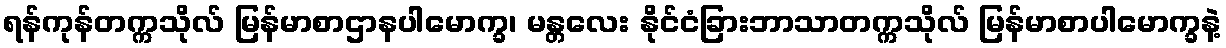
ရန်ကုန်တက္ကသိုလ် မြန်မာစာဌာနပါမောက္ခ၊ မန္တလေး နိုင်ငံခြားဘာသာတက္ကသိုလ် မြန်မာစာပါမောက္ခနဲ့